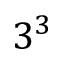
3 ^ { 3 }